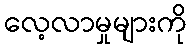
လေ့လာမှုများကို